Scientific memoirs by medical officers of the Army of India - Part VII,
Year: 1892
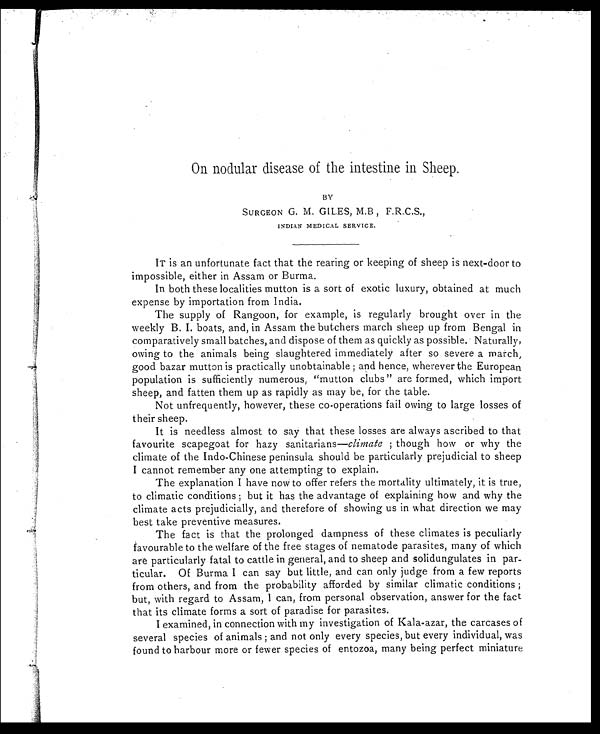
On nodular disease of the intestine in Sheep.
BY
SURGEON G. M. GILES, M.B , F.R.C.S.,
INDIAN MEDICAL SERVICE.
IT is an unfortunate fact that the rearing or keeping of sheep is next-door to
impossible, either in Assam or Burma.
In both these localities mutton is a sort of exotic luxury, obtained at much
expense by importation from India.
The supply of Rangoon, for example, is regularly brought over in the
weekly B. I. boats, and, in Assam the butchers march sheep up from Bengal in
comparatively small batches, and dispose of them as quickly as possible. Naturally,
owing to the animals being slaughtered immediately after so severe a march,
good bazar mutton is practically unobtainable ; and hence, wherever the European
population is sufficiently numerous, "mutton clubs" are formed, which import
sheep, and fatten them up as rapidly as may be, for the table.
Not unfrequently, however, these co-operations fail owing to large losses of
their sheep.
It is needless almost to say that these losses are always ascribed to that
favourite scapegoat for hazy sanitarians—climate ; though how or why the
climate of the Indo-Chinese peninsula should be particularly prejudicial to sheep
I cannot remember any one attempting to explain.
The explanation I have now to offer refers the mortality ultimately, it is true,
to climatic conditions ; but it has the advantage of explaining how and why the
climate acts prejudicially, and therefore of showing us in what direction we may
best take preventive measures.
The fact is that the prolonged dampness of these climates is peculiarly
favourable to the welfare of the free stages of nematode parasites, many of which
are particularly fatal to cattle in general, and to sheep and solidungulates in par-
ticular. Of Burma I can say but little, and can only judge from a few reports
from others, and from the probability afforded by similar climatic conditions ;
but, with regard to Assam, I can, from personal observation, answer for the fact
that its climate forms a sort of paradise for parasites.
I examined, in connection with my investigation of Kala-azar, the carcases of
several species of animals ; and not only every species, but every individual, was
found to harbour more or fewer species of entozoa, many being perfect miniature